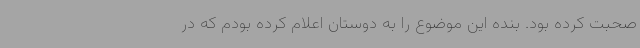
صحبت کرده بود. بنده این موضوع را به دوستان اعلام کرده بودم که در